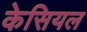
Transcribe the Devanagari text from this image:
केसियल